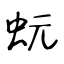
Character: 蚖